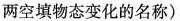
两空填物态变化的名称)